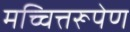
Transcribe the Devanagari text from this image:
मच्चित्तरूपेण